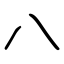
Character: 八